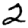
Digit: 2